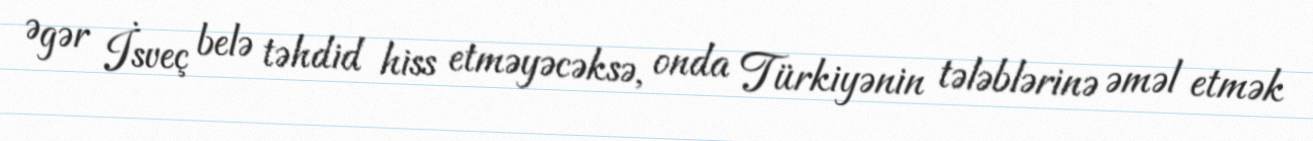
Əgər İsveç belə təhdid hiss etməyəcəksə, onda Türkiyənin tələblərinə əməl etmək